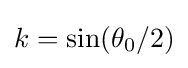
k=\sin(\theta _{0}/2)